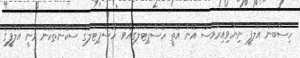
ހިސާބުން އަލްފީ ނިޔާވިއިރުވެސް އޭނާ އޮތީ ހޮސްޕިޓަލުގައެވެ. ހޮސްޕިޓަލުގެ ސްކޭންތަކުން ވަނީ އަލްފީގެ